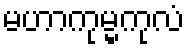
မဟာကုမ္မကုလံ